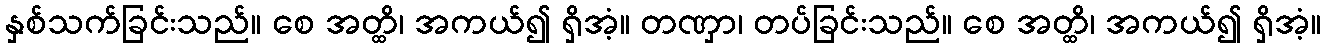
နှစ်သက်ခြင်းသည်။ စေ အတ္ထိ၊ အကယ်၍ ရှိအံ့။ တဏှာ၊ တပ်ခြင်းသည်။ စေ အတ္ထိ၊ အကယ်၍ ရှိအံ့။